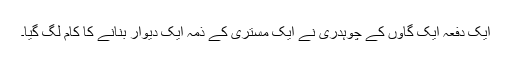
ایک دفعہ ایک گاوں کے چوہدری نے ایک مستری کے ذمہ ایک دیوار بنانے کا کام لگ گیا۔